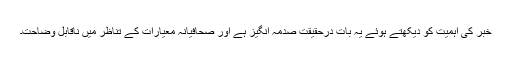
خبر کی اہمیت کو دیکھتے ہوئے یہ بات درحقیقت صدمہ انگیز ہے اور صحافیانہ معیارات کے تناظر میں ناقابلِ وضاحت۔